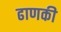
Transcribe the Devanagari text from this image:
ढाणकी